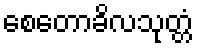
စေတောခိလသုတ္တံ